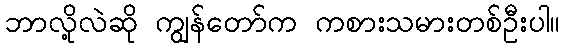
ဘာလို့လဲဆို ကျွန်တော်က ကစားသမားတစ်ဦးပါ။